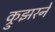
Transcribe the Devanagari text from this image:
क्रुझरने